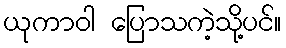
ယုကာဝါ ပြောသကဲ့သို့ပင်။